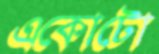
একোটো